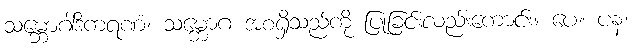
သမ္ဘောဂါဒိကရဏံ၊ သမ္ဘောဂ အစရှိသည်ကို ပြုခြင်းလည်းကောင်း။ ပေ။ ပန၊